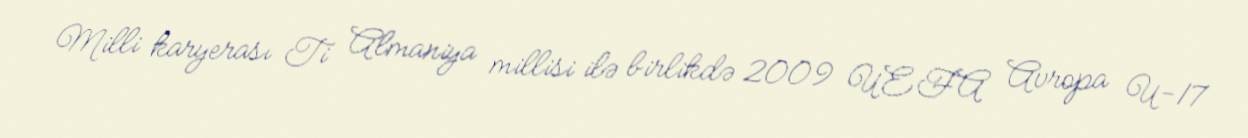
Milli karyerası Ti Almaniya millisi ilə birlikdə 2009 UEFA Avropa U-17